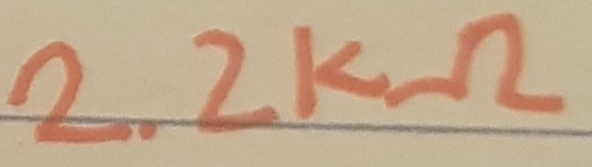
Text: 2.2KΩ